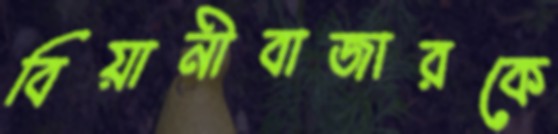
বিয়ানীবাজারকে